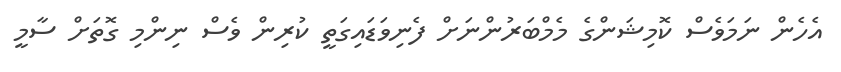
އެހެން ނަމަވެސް ކޮމިޝަންގެ މެމްބަރުންނަށް ފެނިވަޑައިގަތީ ކުރިން ވެސް ނިންމި ގޮތަށް ސާމީ